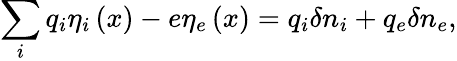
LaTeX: \sum_{i}q_{i}\eta_{i}\left(x\right)-e\eta_{e}\left(x\right)=q_{i}\delta n_{i}+q_{e}\delta n_{e},